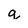
Character: q